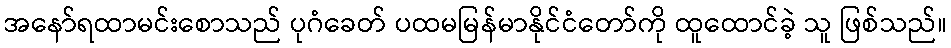
အနော်ရထာမင်းစောသည် ပုဂံခေတ် ပထမမြန်မာနိုင်ငံတော်ကို ထူထောင်ခဲ့ သူ ဖြစ်သည်။